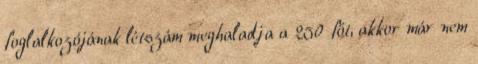
foglalkozójának létszám meghaladja a 250 főt, akkor már nem